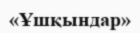
«Ұшқындар»